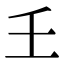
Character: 𡈼